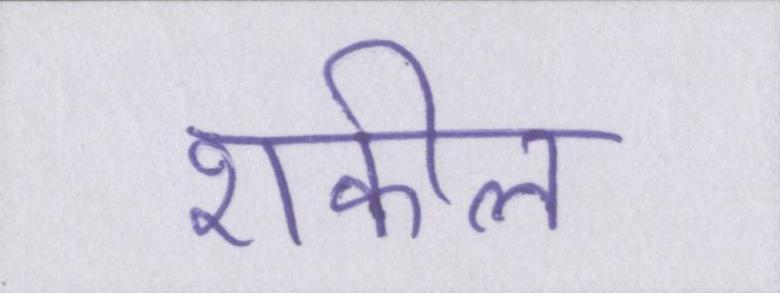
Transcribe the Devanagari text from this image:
शकील